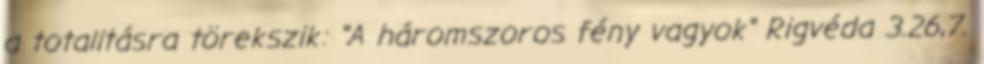
a totalitásra törekszik: "A háromszoros fény vagyok" Rigvéda 3.26,7.